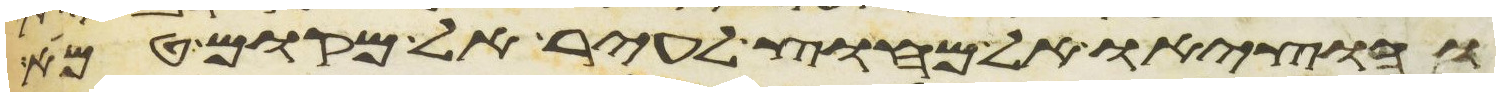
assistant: והוציאו אל מחוץ לעיר אל מקום טמא